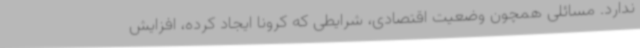
ندارد. مسائلی همچون وضعیت اقتصادی، شرایطی که کرونا ایجاد کرده، افزایش